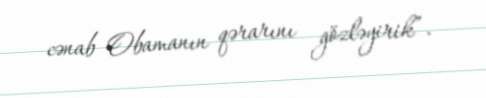
cənab Obamanın qərarını gözləyirik”.